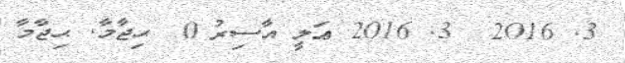
3